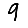
Digit: 9